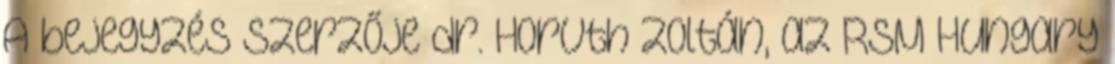
A bejegyzés szerzője dr. Horvth Zoltán, az RSM Hungary